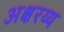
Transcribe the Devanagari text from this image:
अक्षरय्य